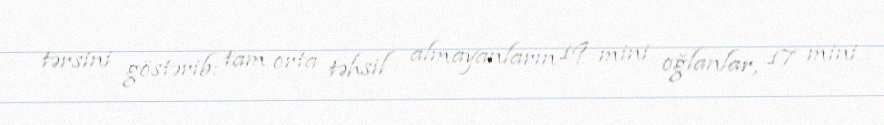
tərsini göstərib: tam orta təhsil almayanların 19 mini oğlanlar, 17 mini